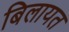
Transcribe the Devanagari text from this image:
बिलायत